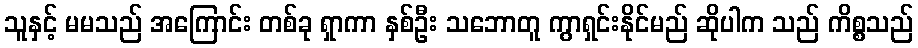
သူနှင့် မမသည် အကြောင်း တစ်ခု ရှာကာ နှစ်ဦး သဘောတူ ကွာရှင်းနိုင်မည် ဆိုပါက သည် ကိစ္စသည်